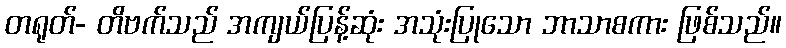
တရုတ်- တိဗက်သည် အကျယ်ပြန့်ဆုံး အသုံးပြုသော ဘာသာစကား ဖြစ်သည်။